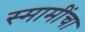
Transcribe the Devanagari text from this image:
स्मामींचा